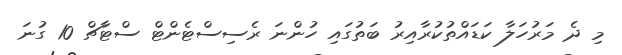
މި ދެ މަރުހަލާ ކަޑައްތުކުރާއިރު ބަތުގައި ހުންނަ ރެސިސްޓެންޓް ސްޓާޗް 10 ގުނަ